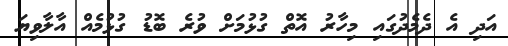
އަދި އެ ދެމެދުގައި މިހާރު އޮތް ގުޅުމަށް ވުރެ ބޮޑު ގުޅުމެއް އާލާވިޔަ